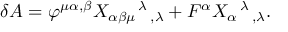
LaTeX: \delta A = \varphi ^ { \mu \alpha , \beta } X _ { \alpha \beta \mu } { } ^ { \, \lambda } { } _ { \, , \lambda } + F ^ { \alpha } X _ { \alpha } { } ^ { \, \lambda } { } _ { \, , \lambda } .